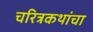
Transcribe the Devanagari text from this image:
चरित्रकथांचा